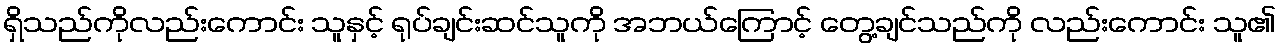
ရှိသည်ကိုလည်းကောင်း သူနှင့် ရုပ်ချင်းဆင်သူကို အဘယ်ကြောင့် တွေ့ချင်သည်ကို လည်းကောင်း သူ၏